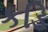
કડિ